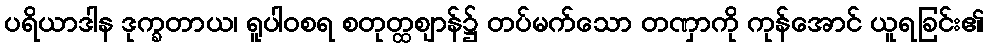
ပရိယာဒါန ဒုက္ခတာယ၊ ရူပါဝစရ စတုတ္ထဈာန်၌ တပ်မက်သော တဏှာကို ကုန်အောင် ယူရခြင်း၏